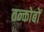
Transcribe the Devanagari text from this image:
तन्कोबों